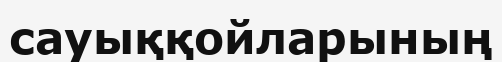
сауыққойларының